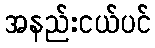
အနည်းငယ်ပင်